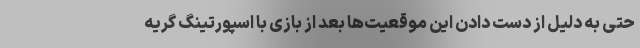
حتی به دلیل از دست دادن این موقعیت‌ها بعد از بازی با اسپورتینگ گریه